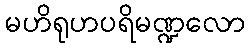
မဟိရုဟပရိမဏ္ဍလော